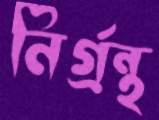
নির্গ্রন্থ